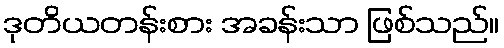
ဒုတိယတန်းစား အခန်းသာ ဖြစ်သည်။